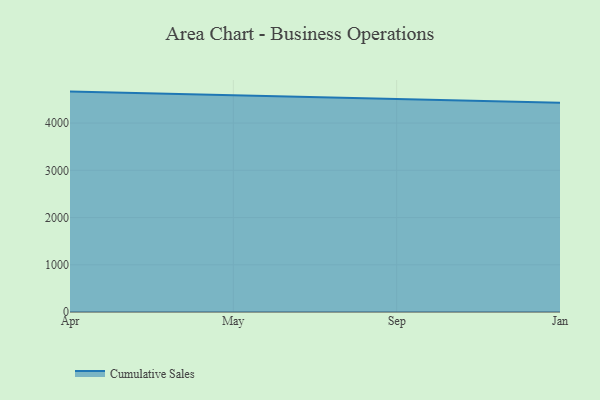
{"axis": {"x": "Month", "y": "Conversion Rate (%)"}, "legend": ["Cumulative Sales"], "data": [{"x": "Apr", "y": 4666.4, "type": "Cumulative Sales"}, {"x": "May", "y": 4586.4, "type": "Cumulative Sales"}, {"x": "Sep", "y": 4503.8, "type": "Cumulative Sales"}, {"x": "Jan", "y": 4432.9, "type": "Cumulative Sales"}]}